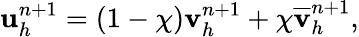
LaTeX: \begin{array}{r}{\mathbf u_{h}^{n+1}=(1-\chi){\mathbf v}_{h}^{n+1}+\chi\overline{{\mathbf v}}_{h}^{n+1},}\end{array}